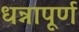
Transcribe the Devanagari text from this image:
धन्नापूर्ण